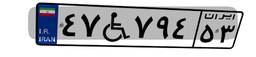
۴۷W۷۹۴۵۳